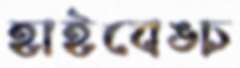
হাইবেঙ্চ